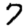
Digit: 7